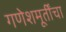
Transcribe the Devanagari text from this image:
गणेशमूर्तींचा